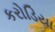
કરોડિયા